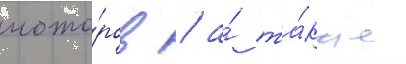
мото́ров / а́ та́кже